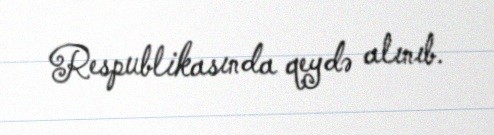
Respublikasında qeydə alınıb.